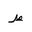
Letter: _da